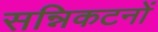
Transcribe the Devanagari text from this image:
सन्निकटनों